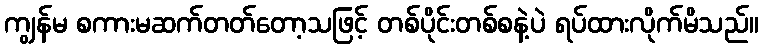
ကျွန်မ စကားမဆက်တတ်တော့သဖြင့် တစ်ပိုင်းတစ်စနဲ့ပဲ ရပ်ထားလိုက်မိသည်။